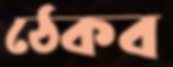
ঠেকব